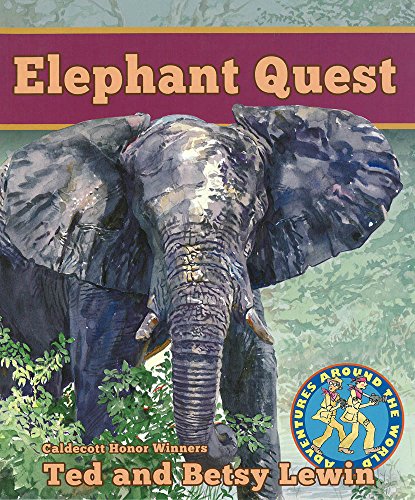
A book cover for Elephant Quest Elephant Quest (Adventures Around the World); Travel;